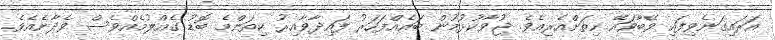
އަރައިގަނެވިފައި ވޭބާވައޭ ހިތަށްއެރިއެވެ. ޖުވާކުޅުމުން ބައެއްފަހަރު ފައިދާވާއިރު ކިތަންމެ ބޮޑު ގެއްލުމެއްވެސް ވެދާނެއެވެ.